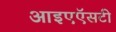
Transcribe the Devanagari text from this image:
आइएऍसटी